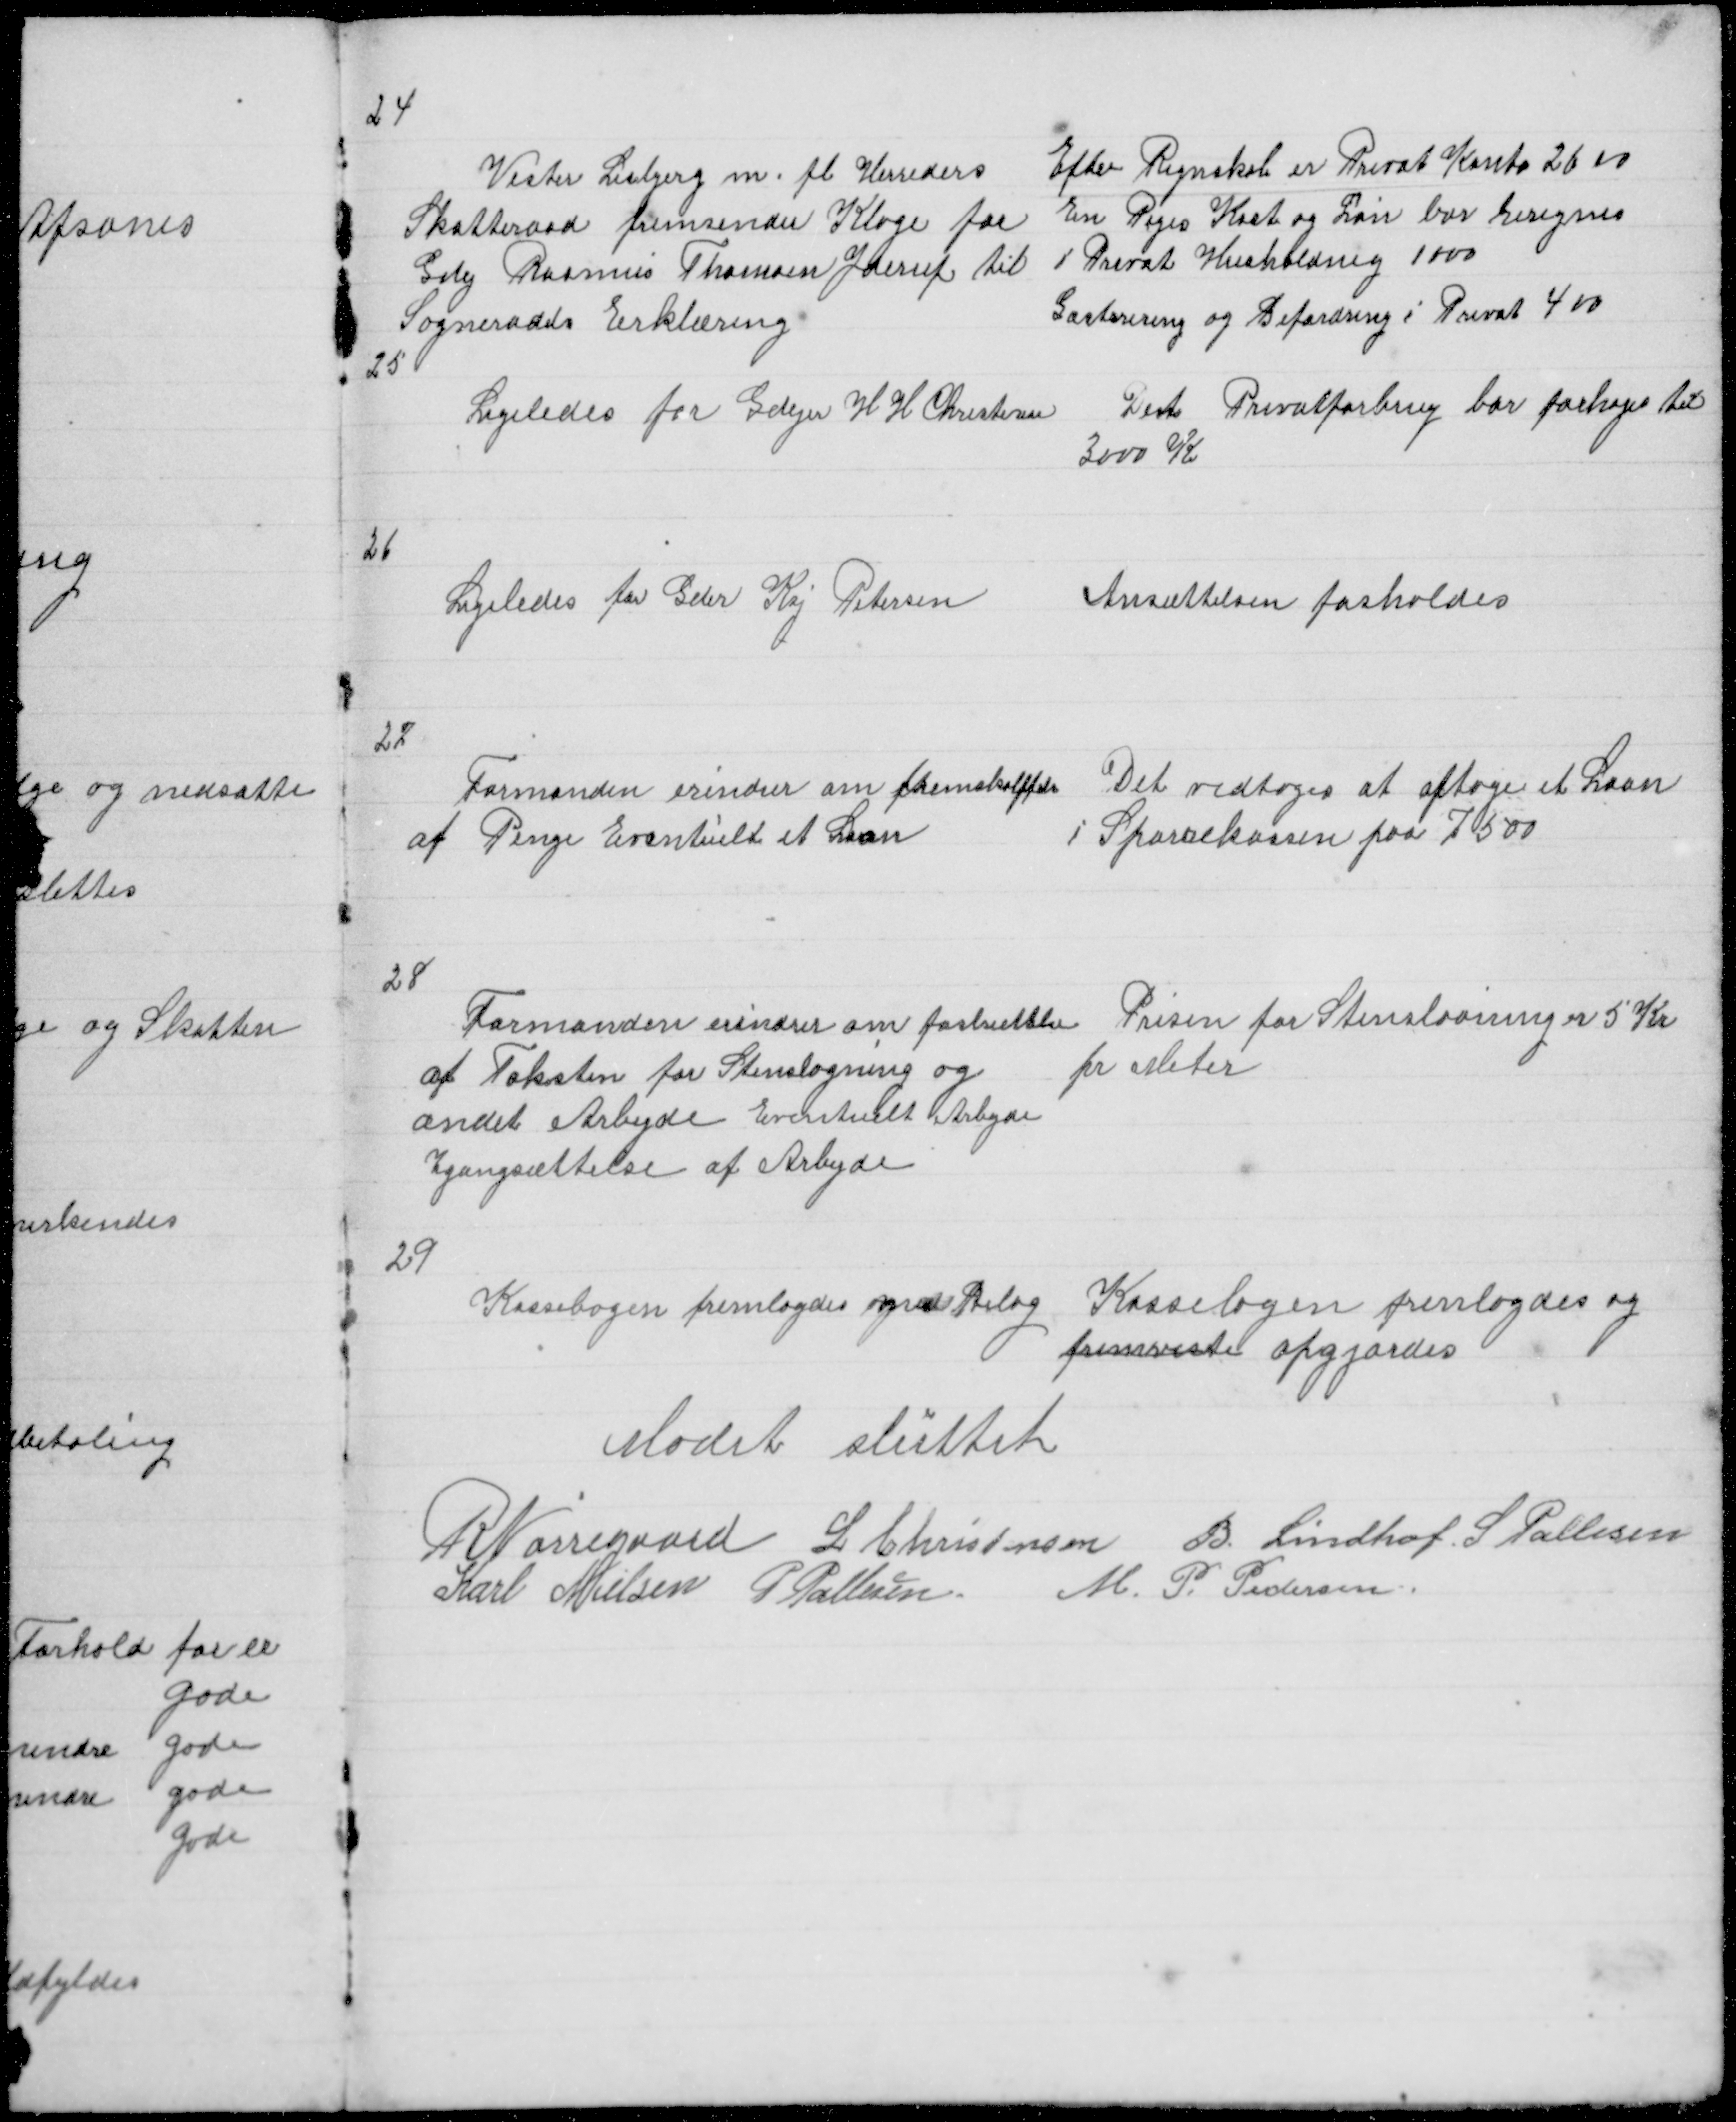
Transskription:
24

Vester Lisbjerg m. fl Herreders
Skatteraad fremsender Klage for
Gdej Rasmus Thomsen Yderup til
Sogneraads Erklæring
25

Efter Regnskab er Privat Konto 2600
En Piges Kost og Løn bør beregnes
i Privat Husholdning 1000
Gæsterering og Befordring i Privat 400

Ligeledes for Gdejer H H Christensen

Det Privatforbrug bør forhøjes til
3000 Kr

26

Ligeledes for Gder Kaj Petersen

Ansættelsen fasholdes

27

Formanden erindrer om Fremskaffelse
af Penge Eventuelt et Laan

Det vedtoges at optage et Laan
i Sparekassen paa 7500

28

Formanden erindrer om fastsættelse
af Taksten for Stenslagning og
andet Arbejde Eventuelt Arbejde
Igangsættelse af Arbejde

Prisen for Stenslagning er 5 kr
pr Meter

29

Kassebogen fremlagdes med Bilag

Kassebogen fremlagdes og
fremviste opgjordes

Mødet sluttet

R Nørregaard L Christensen B. Lindhof S Pallesen
Karl Nielsen P Pallesen M P Pedersen